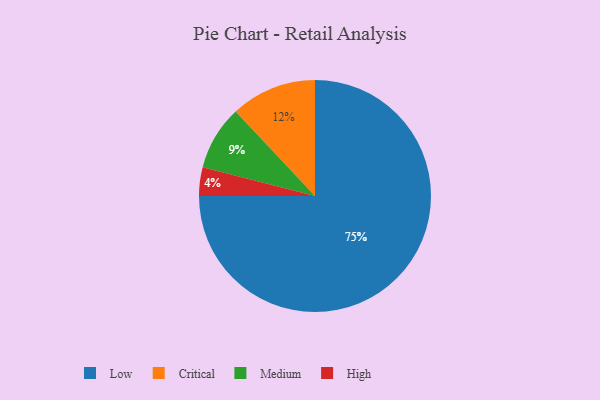
{"axis": {"x": "Category", "y": "Percentage"}, "legend": ["Critical", "High", "Low", "Medium"], "data": [{"x": "High", "y": 4, "type": "High"}, {"x": "Low", "y": 75, "type": "Low"}, {"x": "Medium", "y": 9, "type": "Medium"}, {"x": "Critical", "y": 12, "type": "Critical"}]}